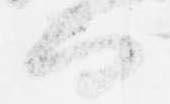
而